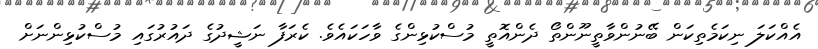
އެއްކަލަ ނިކަމެތިކަން ބޭނުންވާތީނޫންތޯ ދެންއޮތީ މުސްކުޅިންގެ ވާހަކައެވެ. ކެރަފާ ނަޝީދުގެ ދައުރުގައި މުސްކުޅިންނަށް